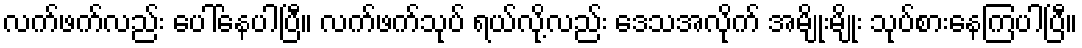
လက်ဖက်လည်း ပေါ်နေပါပြီ။ လက်ဖက်သုပ် ရယ်လို့လည်း ဒေသအလိုက် အမျိုးမျိုး သုပ်စားနေကြပါပြီ။